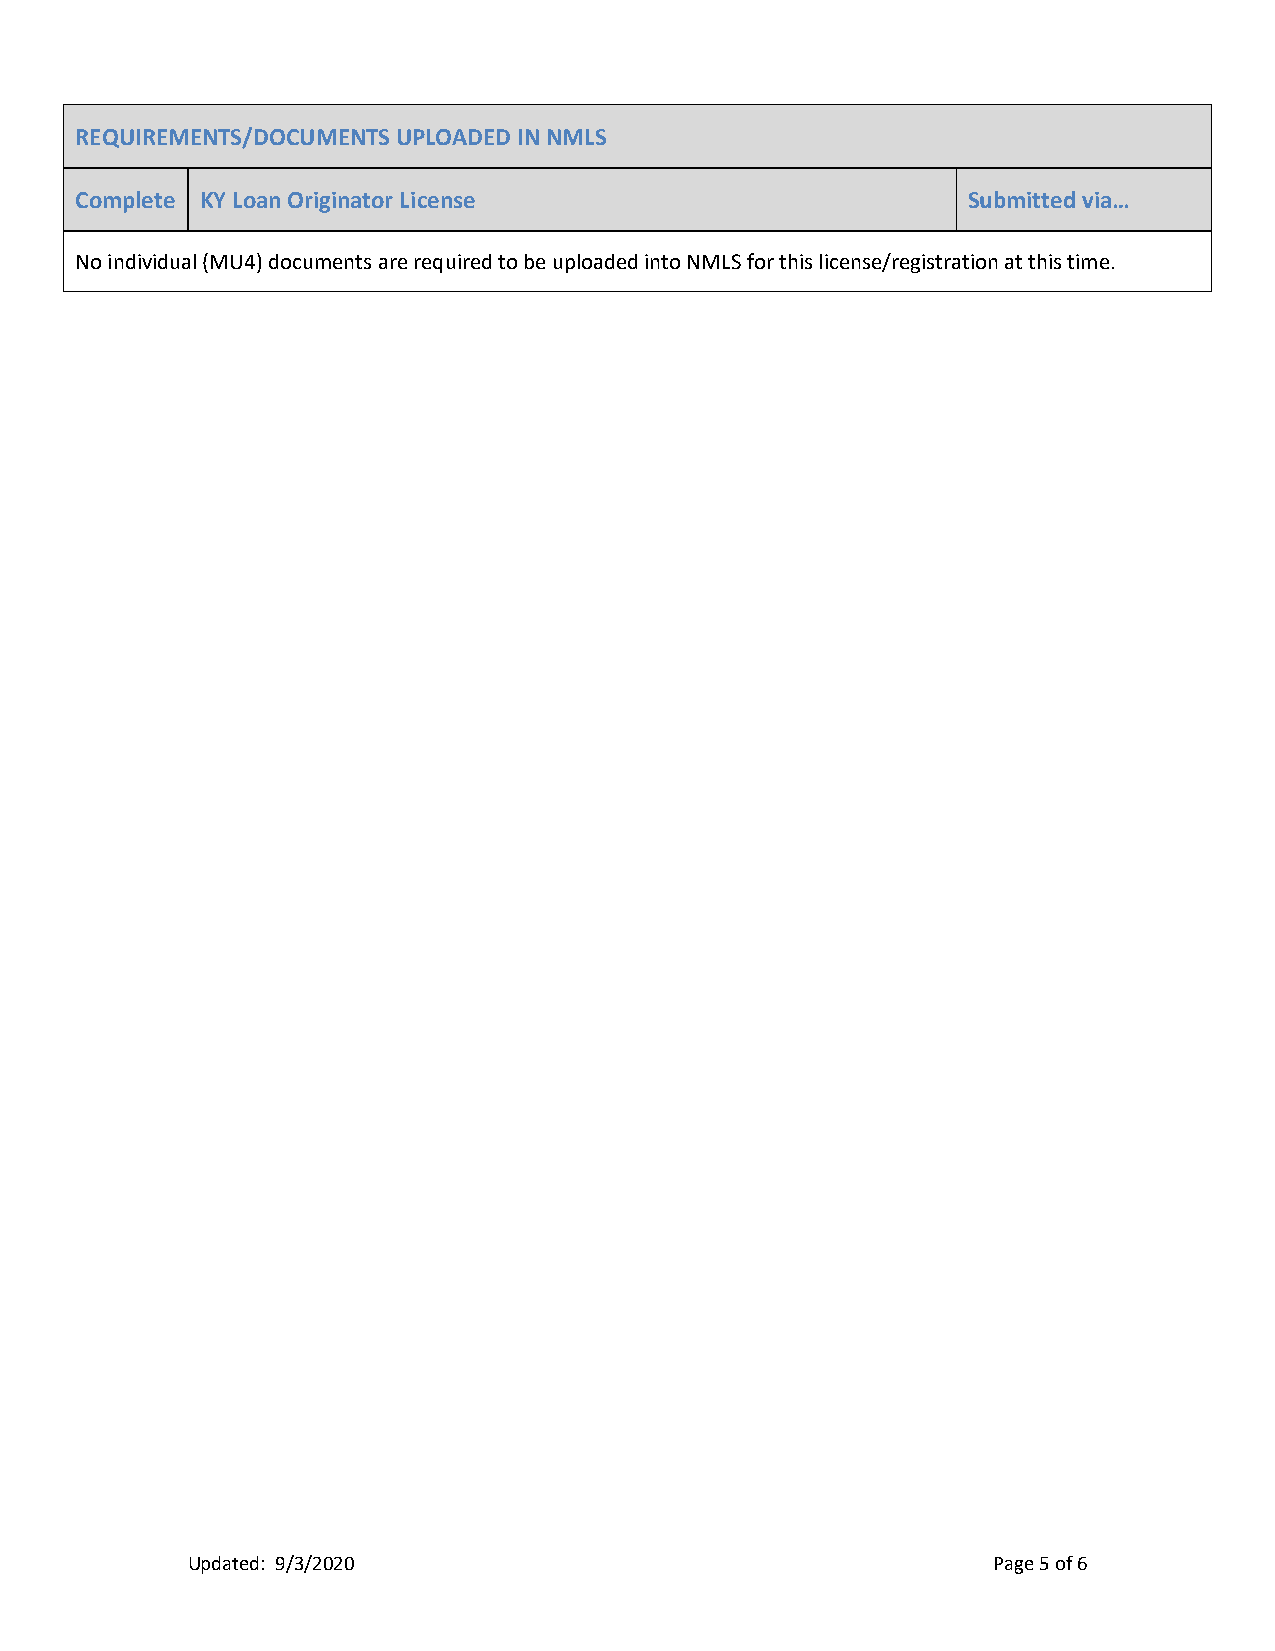
REQUIREMENTS/DOCUMENTS UPLOADED IN NMLS
 Complete KY Loan Originator License                        Submitted via…
 No individual (MU4) documents are required to be uploaded into NMLS for this license/registration at this time.
 Updated: 9/3/2020                                     Page 5 of 6